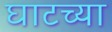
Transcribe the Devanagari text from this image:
घाटच्या